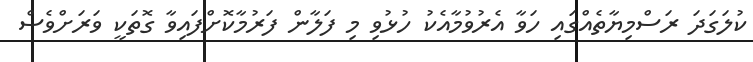
ކުލަގަދަ ރަސްމިޔާތެއްގައި ހަވާ އެރުވުމާއެކު ހުޅުވި މި ފަލާން ފަރުމާކޮށްފައިވާ ގޮތަކީ ވަރަށްވެސް